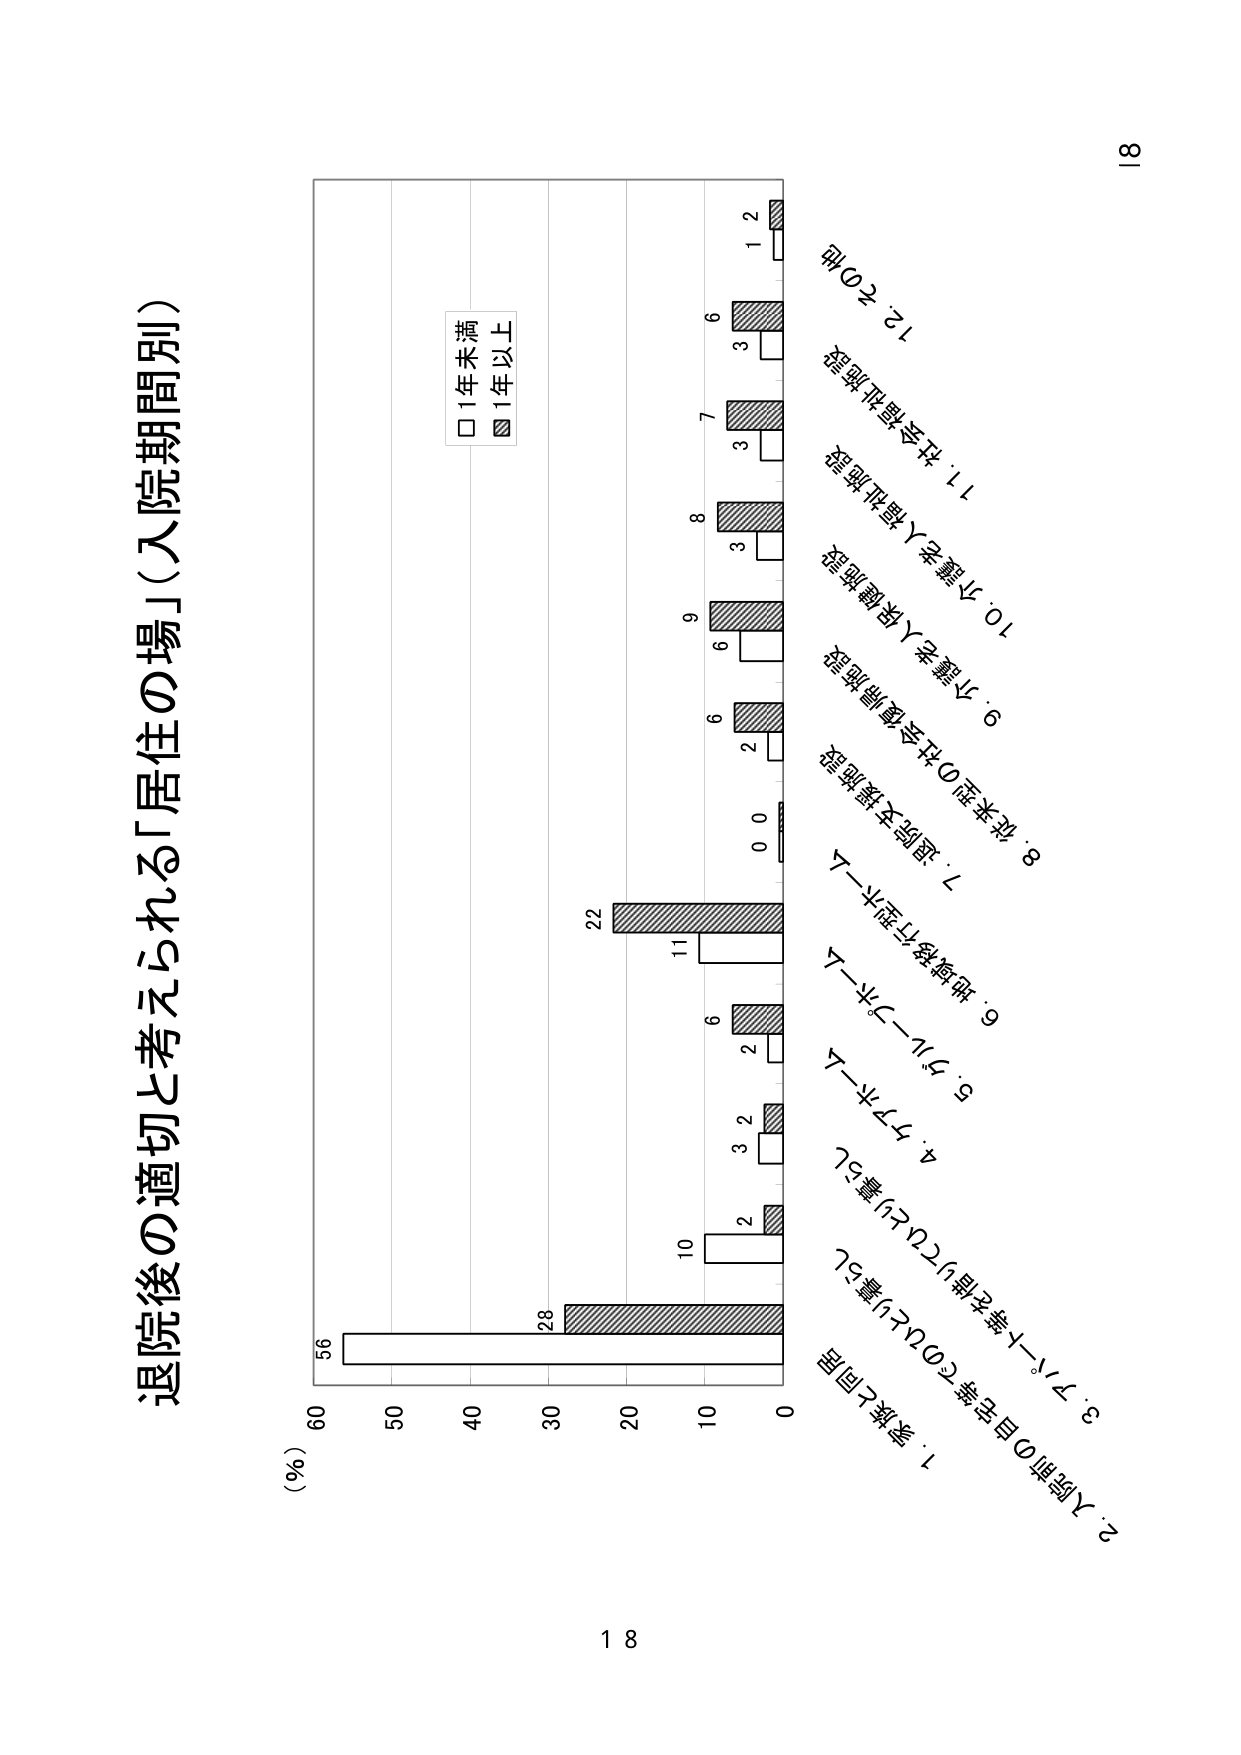
退院後の適切と考えられる「居住の場」（入院期間別）

（％）
60
50
40
30
20
10
0

□1年未満
■1年以上

1. 家族と同居
2. 入院前の自宅等（700人）に帰る
3. ブルーライン等の住宅（224人）に帰る
4. ケアホーム
5. グループホーム
6. 地域移行型ホーム
7. 退院支援施設
8. 低米型の社会復帰施設
9. 介護老人保健施設
10. 介護老人福祉施設
11. 社会福祉施設
12. その他

56
28
22
11
10
6
3
2
6
9
8
7
6
3
1
2

18
81